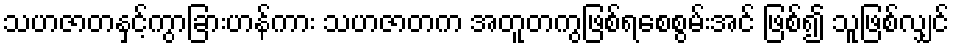
သဟဇာတနှင့်ကွာခြားဟန်ကား သဟဇာတက အတူတကွဖြစ်ရစေစွမ်းအင် ဖြစ်၍ သူဖြစ်လျှင်